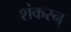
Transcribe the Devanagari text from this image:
शंकरन्